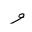
Letter: _waw